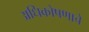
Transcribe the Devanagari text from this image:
अधिकोषणाचे